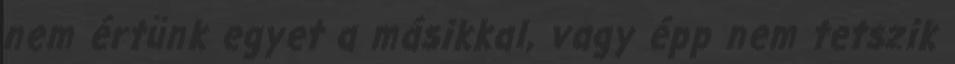
nem értünk egyet a másikkal, vagy épp nem tetszik